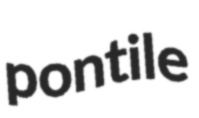
pontile